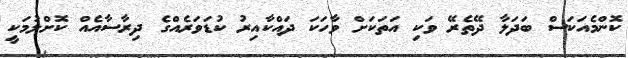
ކޮންމެއަކަސް ބަދަލާ ދޭތެރޭ ވަކި އަތަކަށް ވާހަކަ ދައްކާއިރު ކުޑަވަރެއްގެ ދިރާސާއެއް ކޮށްލުމަކީ